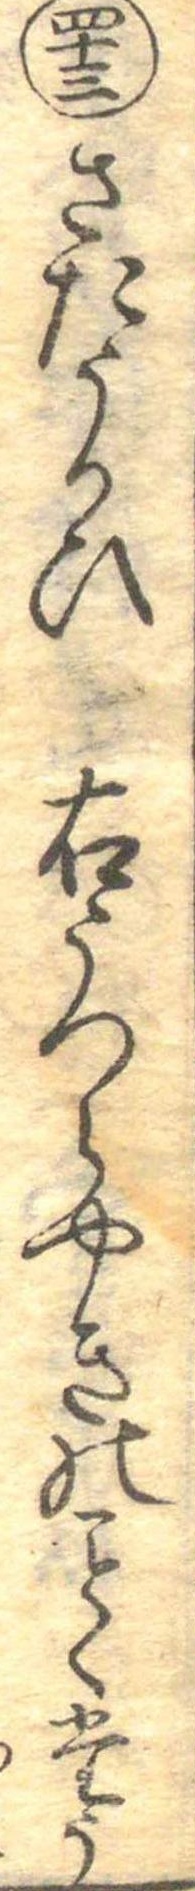
四十三さたうかひ右うつらやきのくたう